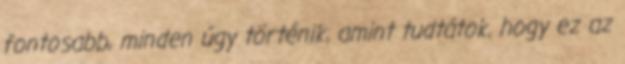
fontosabb, minden úgy történik, amint tudtátok, hogy ez az